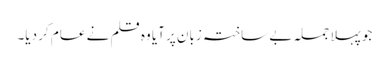
جو پہلا جملہ بے ساختہ زبان پر آیا وہ قلم نے عام کر دیا۔